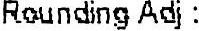
ROUNDING ADJ: